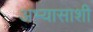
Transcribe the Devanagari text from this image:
अभ्यासाशी